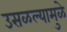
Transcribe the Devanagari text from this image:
उसळल्यामुळे